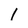
Character: I